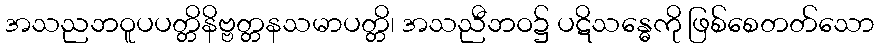
အသညဘဝူပပတ္တိနိဗ္ဗတ္တနသမာပတ္တိ၊ အသညီဘဝ၌ ပဋိသန္ဓေကို ဖြစ်စေတတ်သော